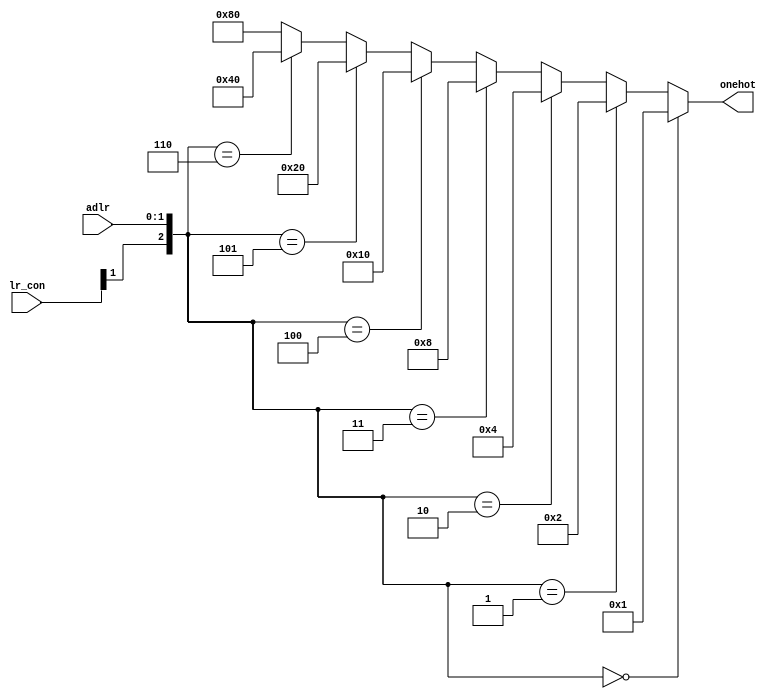
/*====================Ports Declaration====================*/
module lr_onehot (
    input wire [1:0] adlr,
    input wire [1:0] lr_con, //control:{0:l,1:r}
    output wire [7:0] onehot 
    );
/*====================Variable Declaration====================*/
/*====================Function Code====================*/
assign onehot =    ({lr_con[1],adlr}==3'd0) ? 8'd1 :
                   ({lr_con[1],adlr}==3'd1) ? 8'd2 : 
                   ({lr_con[1],adlr}==3'd2) ? 8'd4 : 
                   ({lr_con[1],adlr}==3'd3) ? 8'd8 : 
                   ({lr_con[1],adlr}==3'd4) ? 8'd16 :
                   ({lr_con[1],adlr}==3'd5) ? 8'd32 :
                   ({lr_con[1],adlr}==3'd6) ? 8'd64 : 8'd128 ;
endmodule